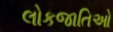
લોકજાતિઓ